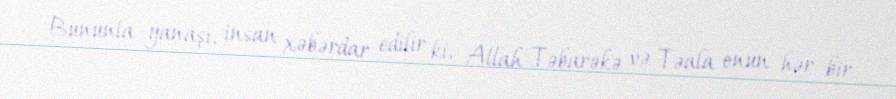
Bununla yanaşı, insan xəbərdar edilir ki, Allah Təbarəkə və Təala onun hər bir